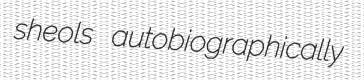
sheols autobiographically